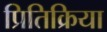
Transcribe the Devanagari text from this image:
प्रितिक्रिया